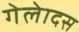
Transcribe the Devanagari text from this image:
गेलेादस